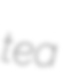
tea